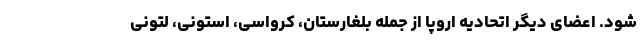
شود. اعضای دیگر اتحادیه اروپا از جمله بلغارستان، کرواسی، استونی، لتونی